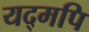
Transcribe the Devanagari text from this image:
यद्मपि